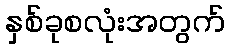
နှစ်ခုစလုံးအတွက်